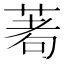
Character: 𦴆